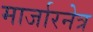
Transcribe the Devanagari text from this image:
मार्जारनेत्र